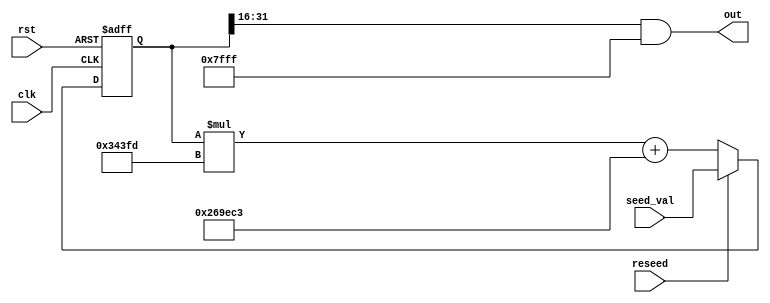
// Copyright 2007 Altera Corporation. All rights reserved.  
// Altera products are protected under numerous U.S. and foreign patents, 
// maskwork rights, copyrights and other intellectual property laws.  
//
// This reference design file, and your use thereof, is subject to and governed
// by the terms and conditions of the applicable Altera Reference Design 
// License Agreement (either as signed by you or found at www.altera.com).  By
// using this reference design file, you indicate your acceptance of such terms
// and conditions between you and Altera Corporation.  In the event that you do
// not agree with such terms and conditions, you may not use the reference 
// design file and please promptly destroy any copies you have made.
//
// This reference design file is being provided on an "as-is" basis and as an 
// accommodation and therefore all warranties, representations or guarantees of 
// any kind (whether express, implied or statutory) including, without 
// limitation, warranties of merchantability, non-infringement, or fitness for
// a particular purpose, are specifically disclaimed.  By making this reference
// design file available, Altera expressly does not recommend, suggest or 
// require that this reference design file be used in combination with any 
// other product not provided by Altera.
/////////////////////////////////////////////////////////////////////////////

// C runtime library random number generator
//
// uses 32 logic cells for DFF/ADD and 8 DSP blocks for the
// 32x18=>32 multiply

module c_rand (clk,rst,reseed,seed_val,out);
input clk,rst,reseed;
input [31:0] seed_val;
output [15:0] out;
wire [15:0] out;

reg [31:0] state;

always @(posedge clk or posedge rst) begin
	if (rst) state <= 0;
	else begin
		if (reseed) state <= seed_val;
		else begin
			state <= state * 32'h343fd + 32'h269EC3;
		end
	end
end

assign out = (state >> 16) & 16'h7fff;

endmodule